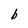
Character: b